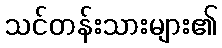
သင်တန်းသားများ၏